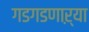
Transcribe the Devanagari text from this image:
गडगडणाऱ्या